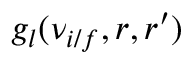
g _ { l } ( \nu _ { i / f } , r , r ^ { \prime } )